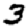
Digit: 3